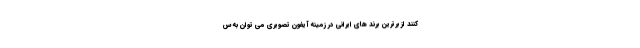
کنند از برترین برند های ایرانی در زمینه آیفون تصویری می توان به س